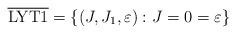
LaTeX: \begin{align*}\overline{\rm LYT1}= \left\{ (J,J_1,\varepsilon) :J=0=\varepsilon\right\} \end{align*}